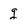
Character: g